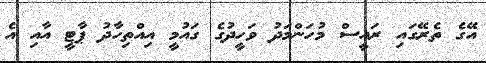
އޭގެ ތެރޭގައި ރައީސް މުހަންމަދު ވަހީދުގެ ގައުމީ އިއްތިހާދު ޕާޓީ އާއި އެ